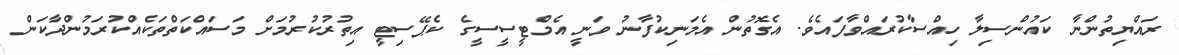
ރައްޔިތުންނާ ކައުންސިލާ ހިއްސާކުރައްވާފައެވެ. އެގޮތުން އެމަނިކުފާނު ވަނީ އެމްޓީސީސީގެ ކެޕޭސިޓީ އިތުރުކުރުމަށް މަސައްކަތްތަކެއްކުރަމުންދާކަން